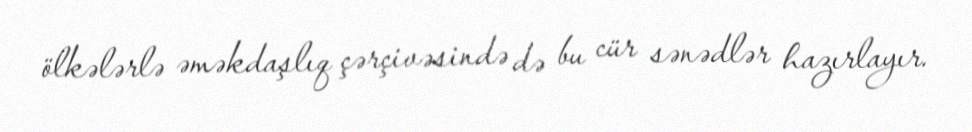
ölkələrlə əməkdaşlıq çərçivəsində də bu cür sənədlər hazırlayır.